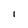
Character: i